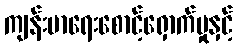
ကျန်းမာရေးစောင့်ရှောက်မှုနှင့်